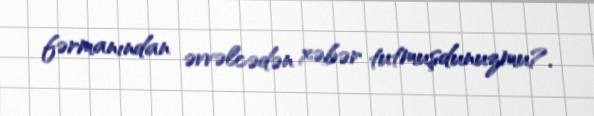
fərmanından əvvəlcədən xəbər tutmuşdunuzmu?.